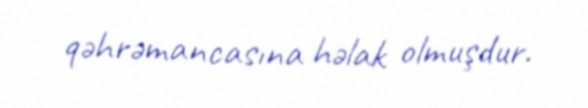
qəhrəmancasına həlak olmuşdur.